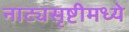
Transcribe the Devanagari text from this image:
नाट्यसृष्टीमध्ये